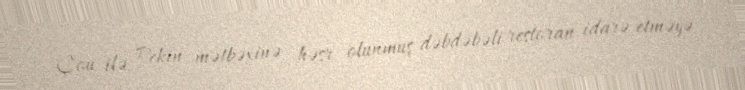
Çou ilə Pekin mətbəxinə həsr olunmuş dəbdəbəli restoran idarə etməyə